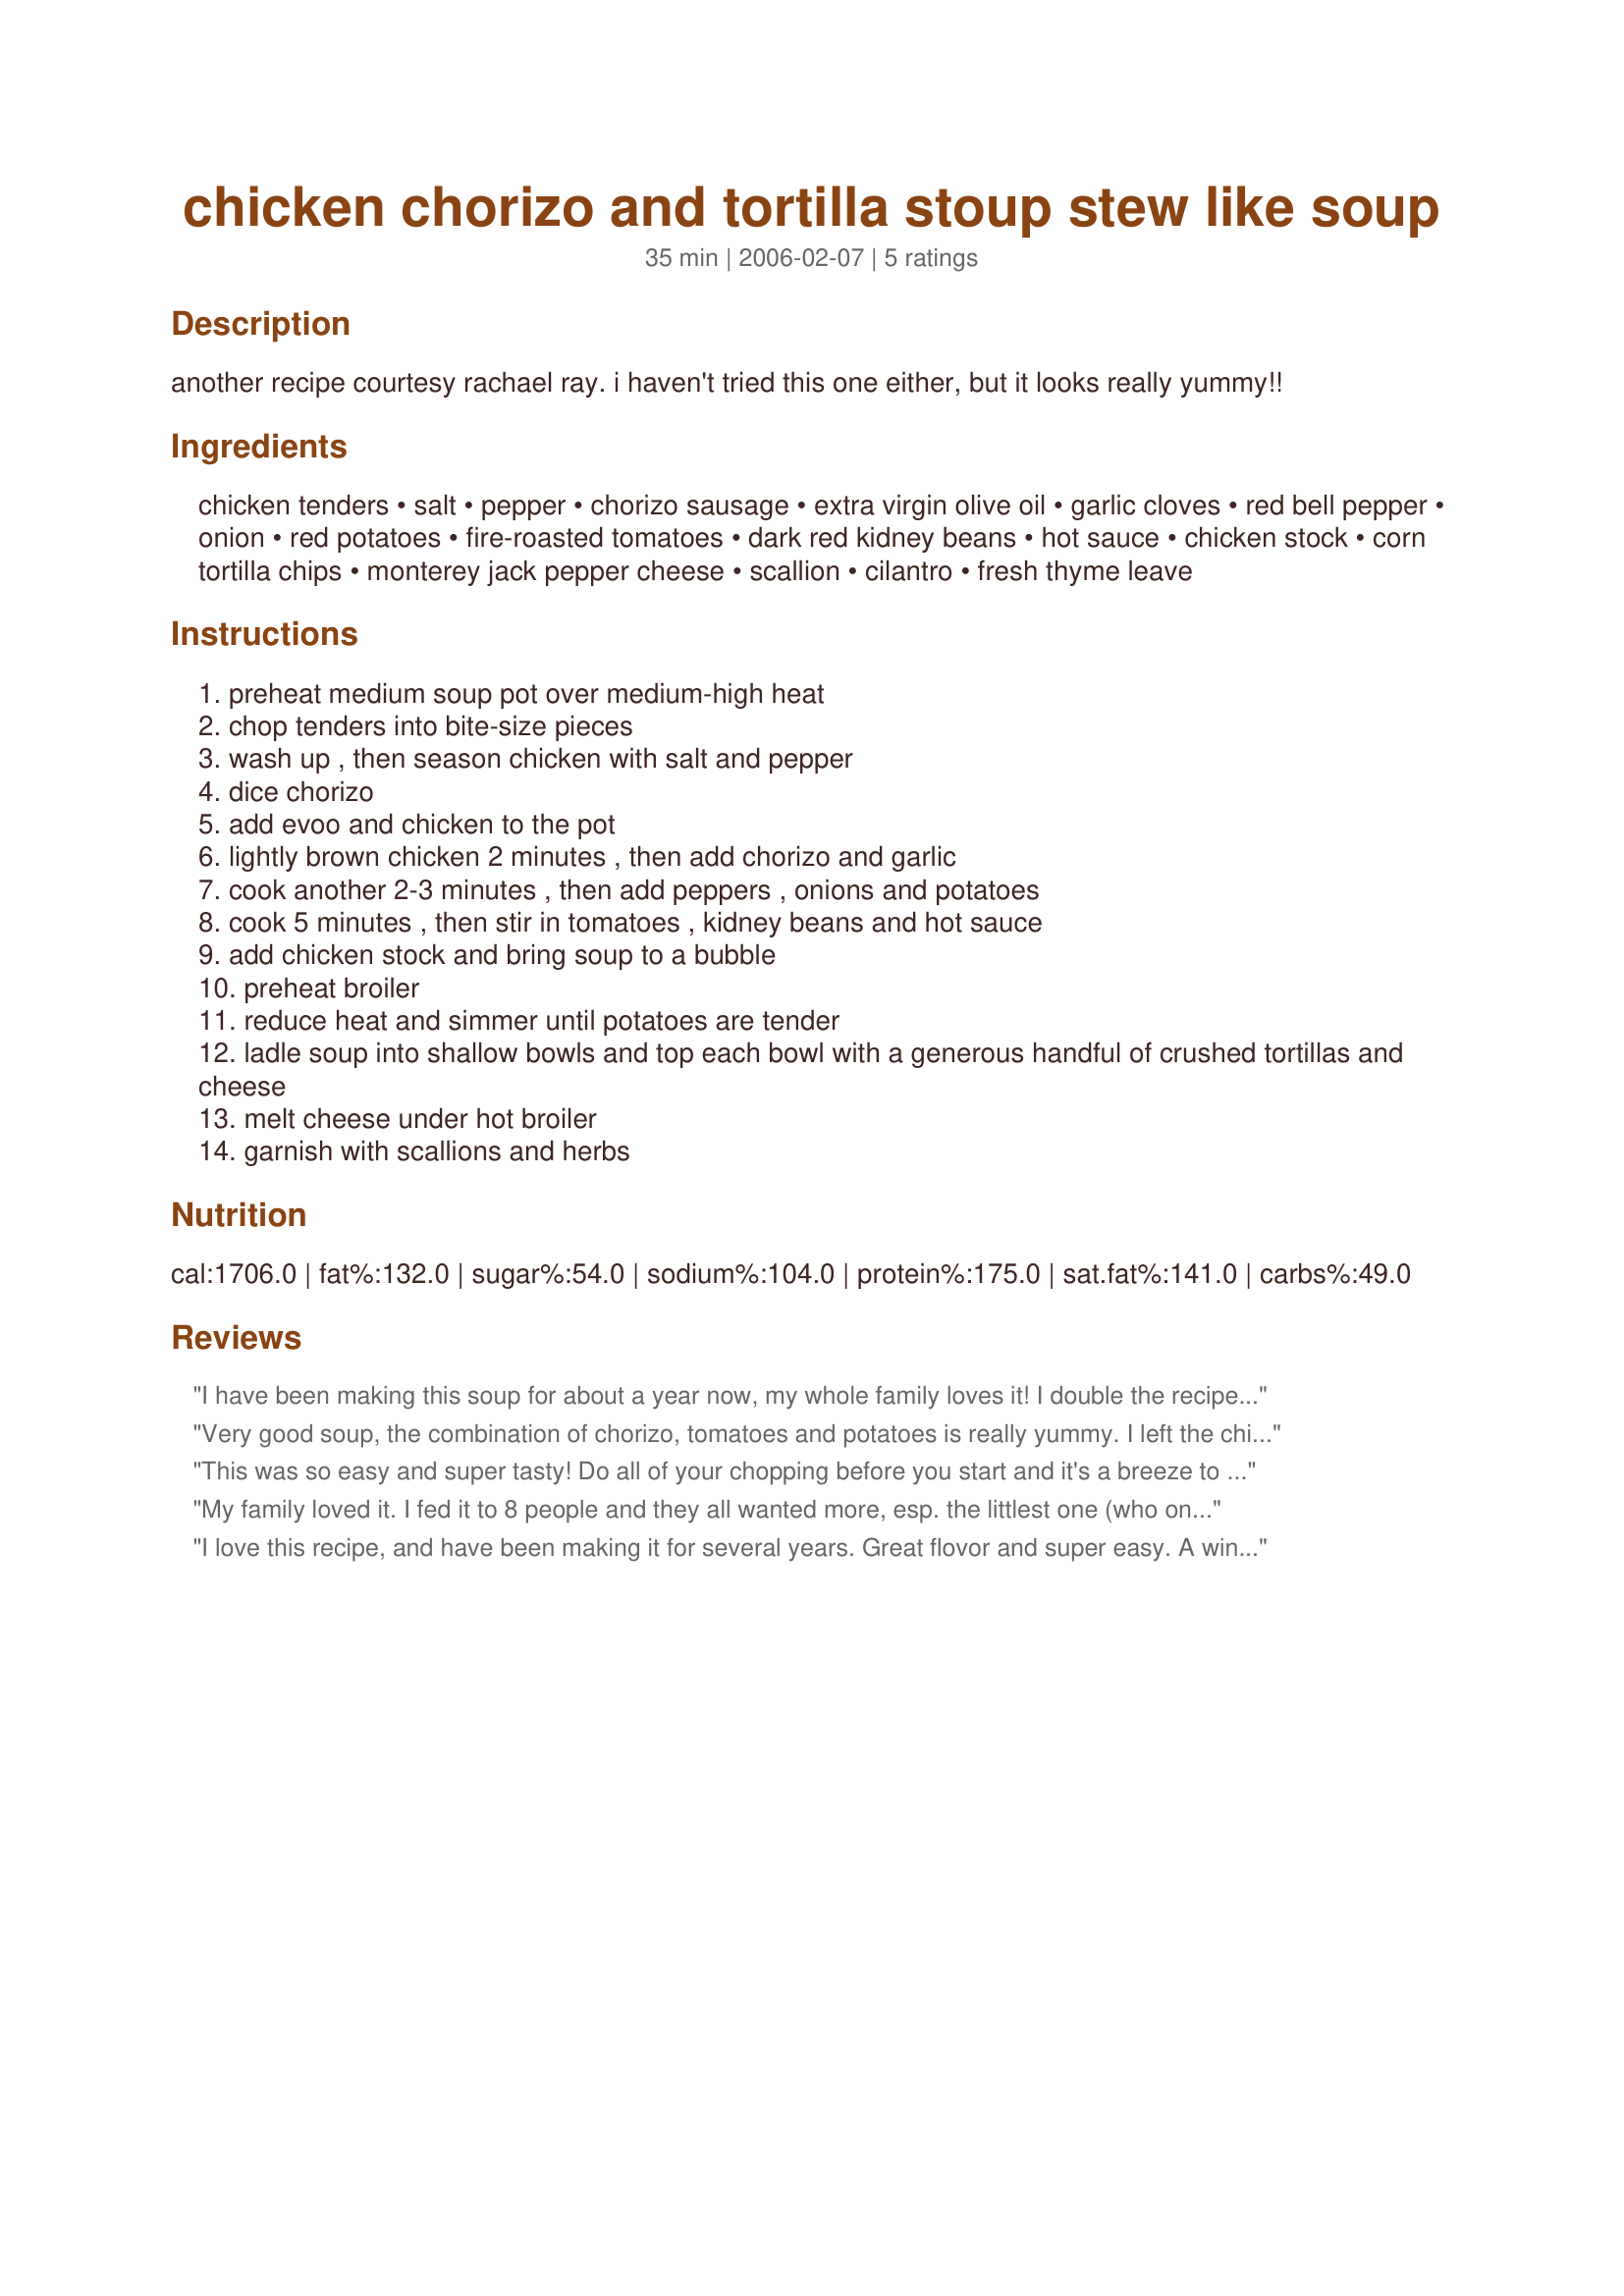
chicken chorizo and tortilla stoup stew like soup
Preparation time: 35 minutes

another recipe courtesy rachael ray. i haven't tried this one either, but it looks really yummy!!

Ingredients:
chicken tenders, salt, pepper, chorizo sausage, extra virgin olive oil, garlic cloves, red bell pepper, onion, red potatoes, fire-roasted tomatoes, dark red kidney beans, hot sauce, chicken stock, corn tortilla chips, monterey jack pepper cheese, scallion, cilantro, fresh thyme leave

Steps:
preheat medium soup pot over medium-high heat
chop tenders into bite-size pieces
wash up , then season chicken with salt and pepper
dice chorizo
add evoo and chicken to the pot
lightly brown chicken 2 minutes , then add chorizo and garlic
cook another 2-3 minutes , then add peppers , onions and potatoes
cook 5 minutes , then stir in tomatoes , kidney beans and hot sauce
add chicken stock and bring soup to a bubble
preheat broiler
reduce heat and simmer until potatoes are tender
ladle soup into shallow bowls and top each bowl with a generous handful of crushed tortillas and cheese
melt cheese under hot broiler
garnish with scallions and herbs

Reviews:
I have been making this soup for about a year now, my whole family loves it! I double the recipe and use half spicy chorizo and half mild. I use black beans instead of kidney beans and throw in a can of drained corn. We also skip the broiler, I just put a huge bowl of shredded pepper jack cheese and another of tortilla chips on the table. Everyone adds them to suit their own taste. I make about once a month all year long.
Very good soup, the combination of chorizo, tomatoes and potatoes is really yummy. I left the chicken out, since it would have been too much meat for us. I used 3/4 of the chorizo and skipped the hot sauce, since the chorizo we get is pretty spicy. I also used just a half tablespoon of oil and a lot less of the chips/cheese, just sprinkled on top. This did serve 4 people for a meal. Very enjoyable!
This was so easy and super tasty! Do all of your chopping before you start and it's a breeze to put together. I followed recipe and added a small can of drained corn. However, I cannot believe the nutritional facts are correct . . . over 2000 calories & 122 grams of fat per serving?!?! No way!
My family loved it. I fed it to 8 people and they all wanted more, esp. the littlest one (who only eats chik'n nuggets). The only thing I did different was use boneless chicken thighs instead of tenders (I thawed the wrong package of chicken - oops!).
I love this recipe, and have been making it for several years. Great flovor and super easy. A winner! I just stir the tortilla chips and cheese into each serving - much easier than messing with the broiler, and the cheese melts wonderfully.
